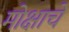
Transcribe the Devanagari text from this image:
मोक्षाचे